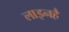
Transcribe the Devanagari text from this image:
लाइनहै